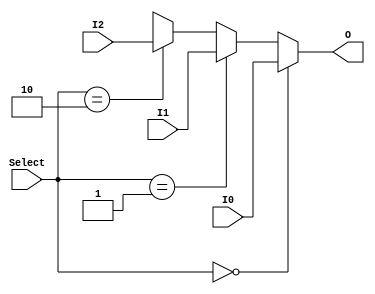
// MUX 3 para 1 usado como ALUSrcA.

module MUX_ALUSrcA (
    output wire [31:0] O,
    input  wire [31:0] I0,
    input  wire [31:0] I1,
    input  wire [31:0] I2,
    input  wire [1:0]  Select
);

assign O = (Select == 2'b00) ? I0: // PC
           (Select == 2'b01) ? I1: // A
           (Select == 2'b10) ? I2: // MD Register
                            32'bx;
    
endmodule